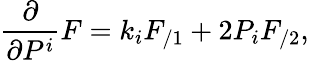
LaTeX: \frac\partial{\partial P^{i}}F=k_{i}F_{/1}+2P_{i}F_{/2},